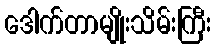
ဒေါက်တာမျိုးသိမ်းကြီး